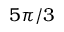
5 \pi / 3